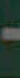
-